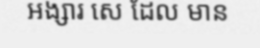
អង្សារ សេ ដែល មាន